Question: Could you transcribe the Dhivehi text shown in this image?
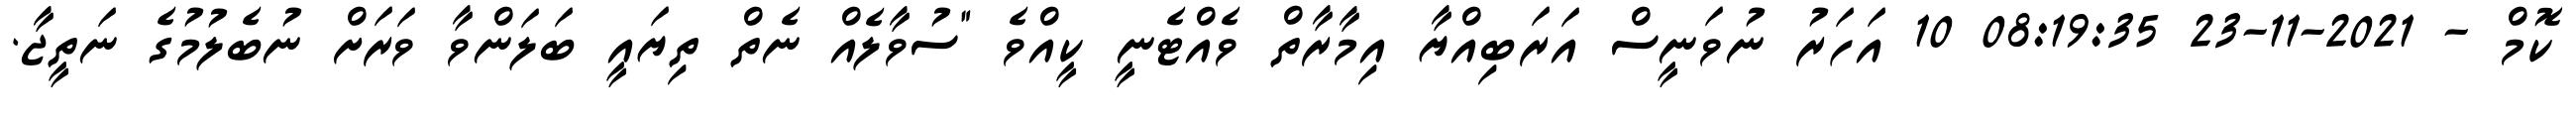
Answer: ކޮމް - 2021-11-23 08:19:35 10 އަހަރު ނުވަނީސް އަރަބިއްޔާ އިމާރާތް ވެއްޓެނީ ކީއްވެ "ސުވާލެއް ނެތް ތިޔައީ ބަލަންވާ ވަރަށް ނުބެލުމުގެ ނަތީޖާ.